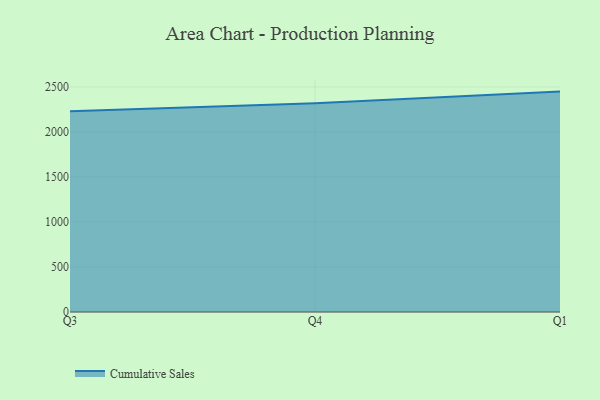
{"axis": {"x": "Quarter", "y": "Demand Index"}, "legend": ["Cumulative Sales"], "data": [{"x": "Q3", "y": 2230.3, "type": "Cumulative Sales"}, {"x": "Q4", "y": 2320.3, "type": "Cumulative Sales"}, {"x": "Q1", "y": 2448.4, "type": "Cumulative Sales"}]}